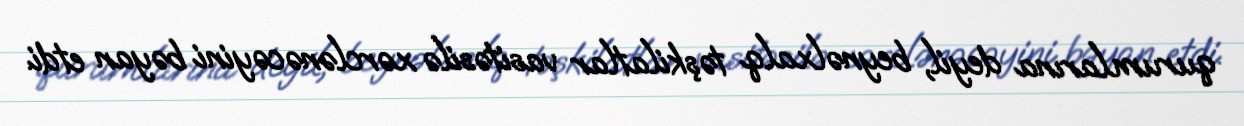
qurumlarına deyil, beynəlxalq təşkilatlar vasitəsilə xərclənəcəyini bəyan etdi.